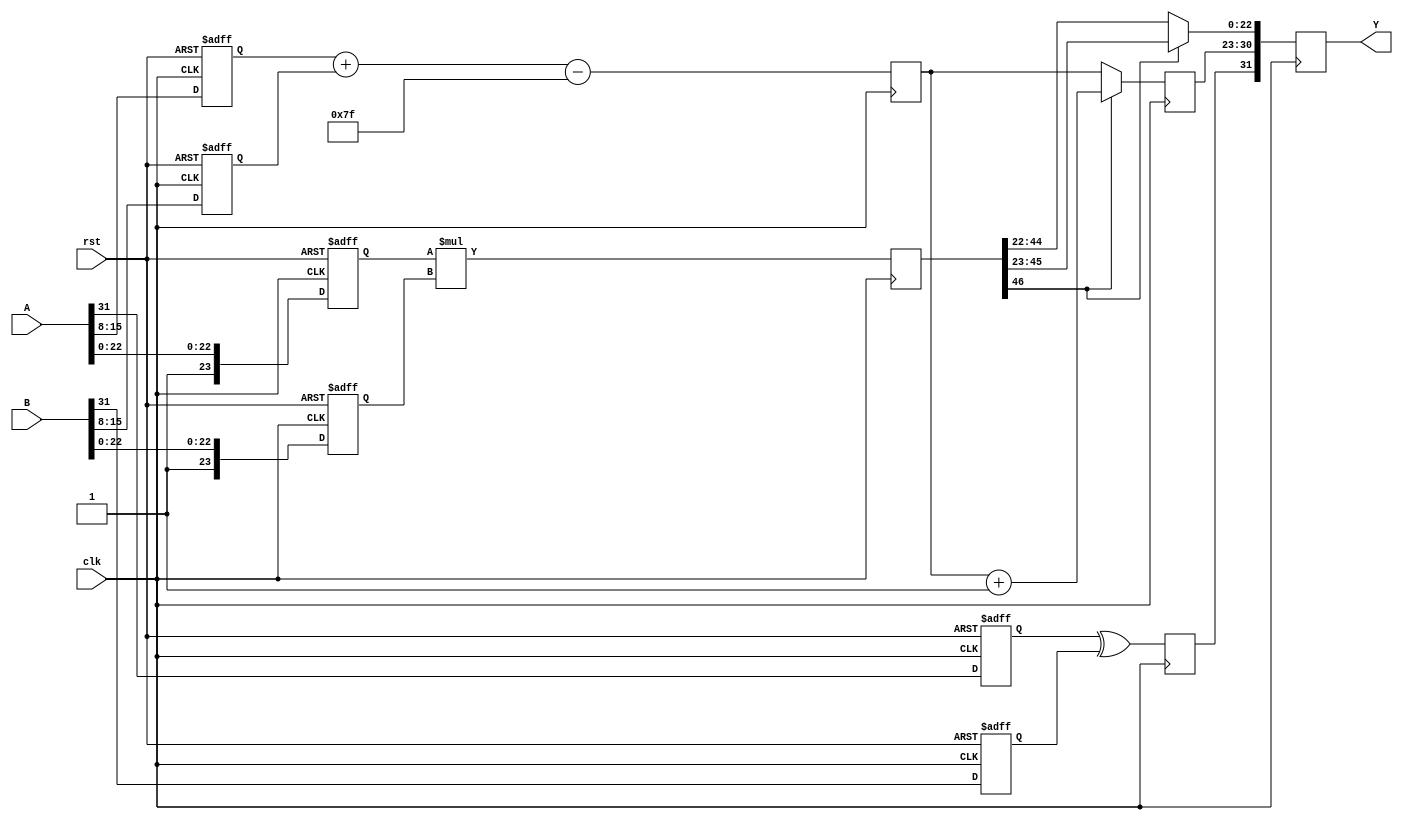
module floating_point_multiplier #(
    parameter E_WIDTH = 8,  // Exponent width
    parameter F_WIDTH = 23, // Mantissa width (excluding implicit leading 1)
    parameter BIAS = 127    // Bias for the exponent
)(
    input wire clk,
    input wire rst,
    input wire [E_WIDTH + F_WIDTH + 1 - 1:0] A, // Input floating-point A
    input wire [E_WIDTH + F_WIDTH + 1 - 1:0] B, // Input floating-point B
    output reg [E_WIDTH + F_WIDTH + 1 - 1:0] Y  // Output floating-point result
);

    // Pipeline registers
    reg sign_a, sign_b, sign_result;
    reg [E_WIDTH - 1:0] exp_a, exp_b, exp_result;
    reg [F_WIDTH:0] mant_a, mant_b; // Include implicit leading 1
    reg [2*F_WIDTH:0] mant_product; // Product mantissa
    reg [E_WIDTH:0] exp_sum; // For adding exponents

    // Stage 1: Input Registration
    always @(posedge clk or posedge rst) begin
        if (rst) begin
            sign_a <= 0;
            sign_b <= 0;
            mant_a <= 0;
            mant_b <= 0;
            exp_a <= 0;
            exp_b <= 0;
        end else begin
            sign_a <= A[E_WIDTH + F_WIDTH]; // Sign bit of A
            mant_a <= {1'b1, A[F_WIDTH - 1:0]}; // Mantissa with implicit leading 1
            exp_a <= A[E_WIDTH + F_WIDTH - 1:E_WIDTH]; // Exponent of A
            sign_b <= B[E_WIDTH + F_WIDTH]; // Sign bit of B
            mant_b <= {1'b1, B[F_WIDTH - 1:0]}; // Mantissa with implicit leading 1
            exp_b <= B[E_WIDTH + F_WIDTH - 1:E_WIDTH]; // Exponent of B
        end
    end

    // Stage 2: Sign Calculation
    always @(posedge clk) begin
        sign_result <= sign_a ^ sign_b; // Result sign
    end

    // Stage 3: Exponent Calculation
    always @(posedge clk) begin
        exp_sum <= exp_a + exp_b - BIAS; // Exponent sum calculation
    end

    // Stage 4: Mantissa Multiplication
    always @(posedge clk) begin
        mant_product <= mant_a * mant_b; // Mantissa multiplication
    end

    // Stage 5: Result Normalization
    always @(posedge clk) begin
        if (mant_product[2*F_WIDTH] == 1) begin
            // Normalized case
            exp_result <= exp_sum + 1;
            Y <= {sign_result, exp_result[E_WIDTH - 1:0], mant_product[2*F_WIDTH - 1:F_WIDTH]};
        end else begin
            // Denormalized or underflow case (basic normalizing step)
            exp_result <= exp_sum;
            Y <= {sign_result, exp_result[E_WIDTH - 1:0], mant_product[2*F_WIDTH - 2:F_WIDTH - 1]};
        end
    end

    // Stage 6: Final Registration
    always @(posedge clk) begin
        // The final output can be directly assigned in the previous stage
        // For the purpose of this example, we just maintain the result in Y.
    end
    
endmodule